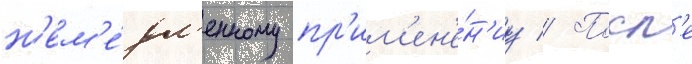
н'ем'е́дл'енному пр'им'ен'е́н'иу // Посл'е